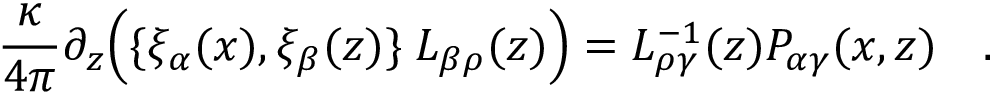
{ \frac { \kappa } { 4 \pi } } \partial _ { z } \Bigl ( \{ \xi _ { \alpha } ( x ) , \xi _ { \beta } ( z ) \} \; L _ { \beta \rho } ( z ) \Bigr ) = L _ { \rho \gamma } ^ { - 1 } ( z ) P _ { \alpha \gamma } ( x , z ) \quad .